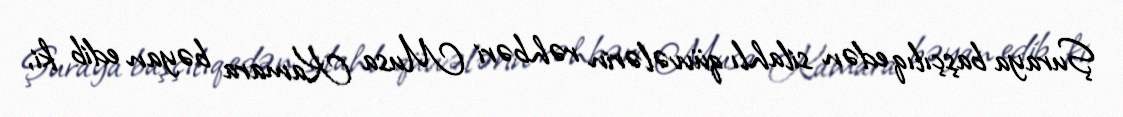
Şuraya başçılıq edən silahlı qüvvələrin rəhbəri Musa Kamara bəyan edib ki,